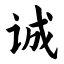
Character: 诚